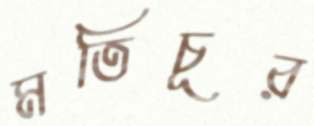
মতিচূর